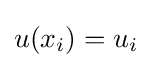
u(x_{i})=u_{i}